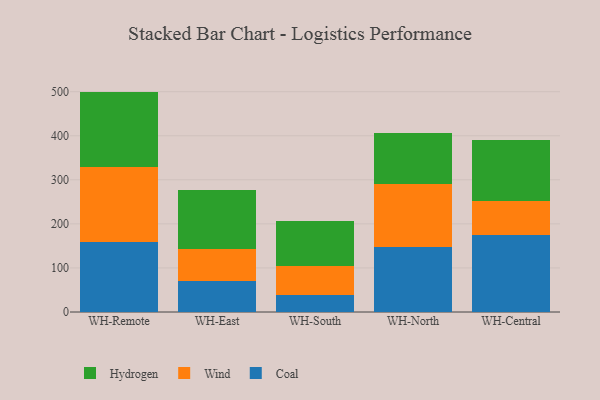
{"axis": {"x": "Warehouse", "y": "Shipments"}, "legend": ["Coal", "Hydrogen", "Wind"], "data": [{"x": "WH-Remote", "y": 160.0, "type": "Coal"}, {"x": "WH-Remote", "y": 170.2, "type": "Wind"}, {"x": "WH-Remote", "y": 170.0, "type": "Hydrogen"}, {"x": "WH-East", "y": 69.8, "type": "Coal"}, {"x": "WH-East", "y": 73.3, "type": "Wind"}, {"x": "WH-East", "y": 133.2, "type": "Hydrogen"}, {"x": "WH-South", "y": 37.7, "type": "Coal"}, {"x": "WH-South", "y": 65.8, "type": "Wind"}, {"x": "WH-South", "y": 102.4, "type": "Hydrogen"}, {"x": "WH-North", "y": 148.3, "type": "Coal"}, {"x": "WH-North", "y": 141.5, "type": "Wind"}, {"x": "WH-North", "y": 116.1, "type": "Hydrogen"}, {"x": "WH-Central", "y": 174.2, "type": "Coal"}, {"x": "WH-Central", "y": 78.6, "type": "Wind"}, {"x": "WH-Central", "y": 137.3, "type": "Hydrogen"}]}